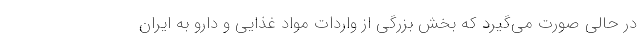
در حالی صورت می‌گیرد که بخش بزرگی از واردات مواد غذایی و دارو به ایران